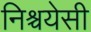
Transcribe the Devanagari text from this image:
निश्चयेसी